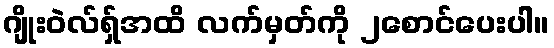
ဂျိုးဝဲလ်ရှ်အထိ လက်မှတ်ကို ၂စောင်ပေးပါ။